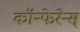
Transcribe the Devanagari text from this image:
कॉन्फेरेन्स्